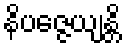
နိပဇ္ဇေယျန္တိ